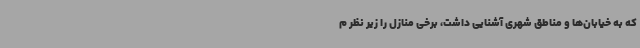
که به خیابان‌ها و مناطق شهری آشنایی داشت، برخی منازل را زیر نظر م